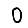
Digit: 0